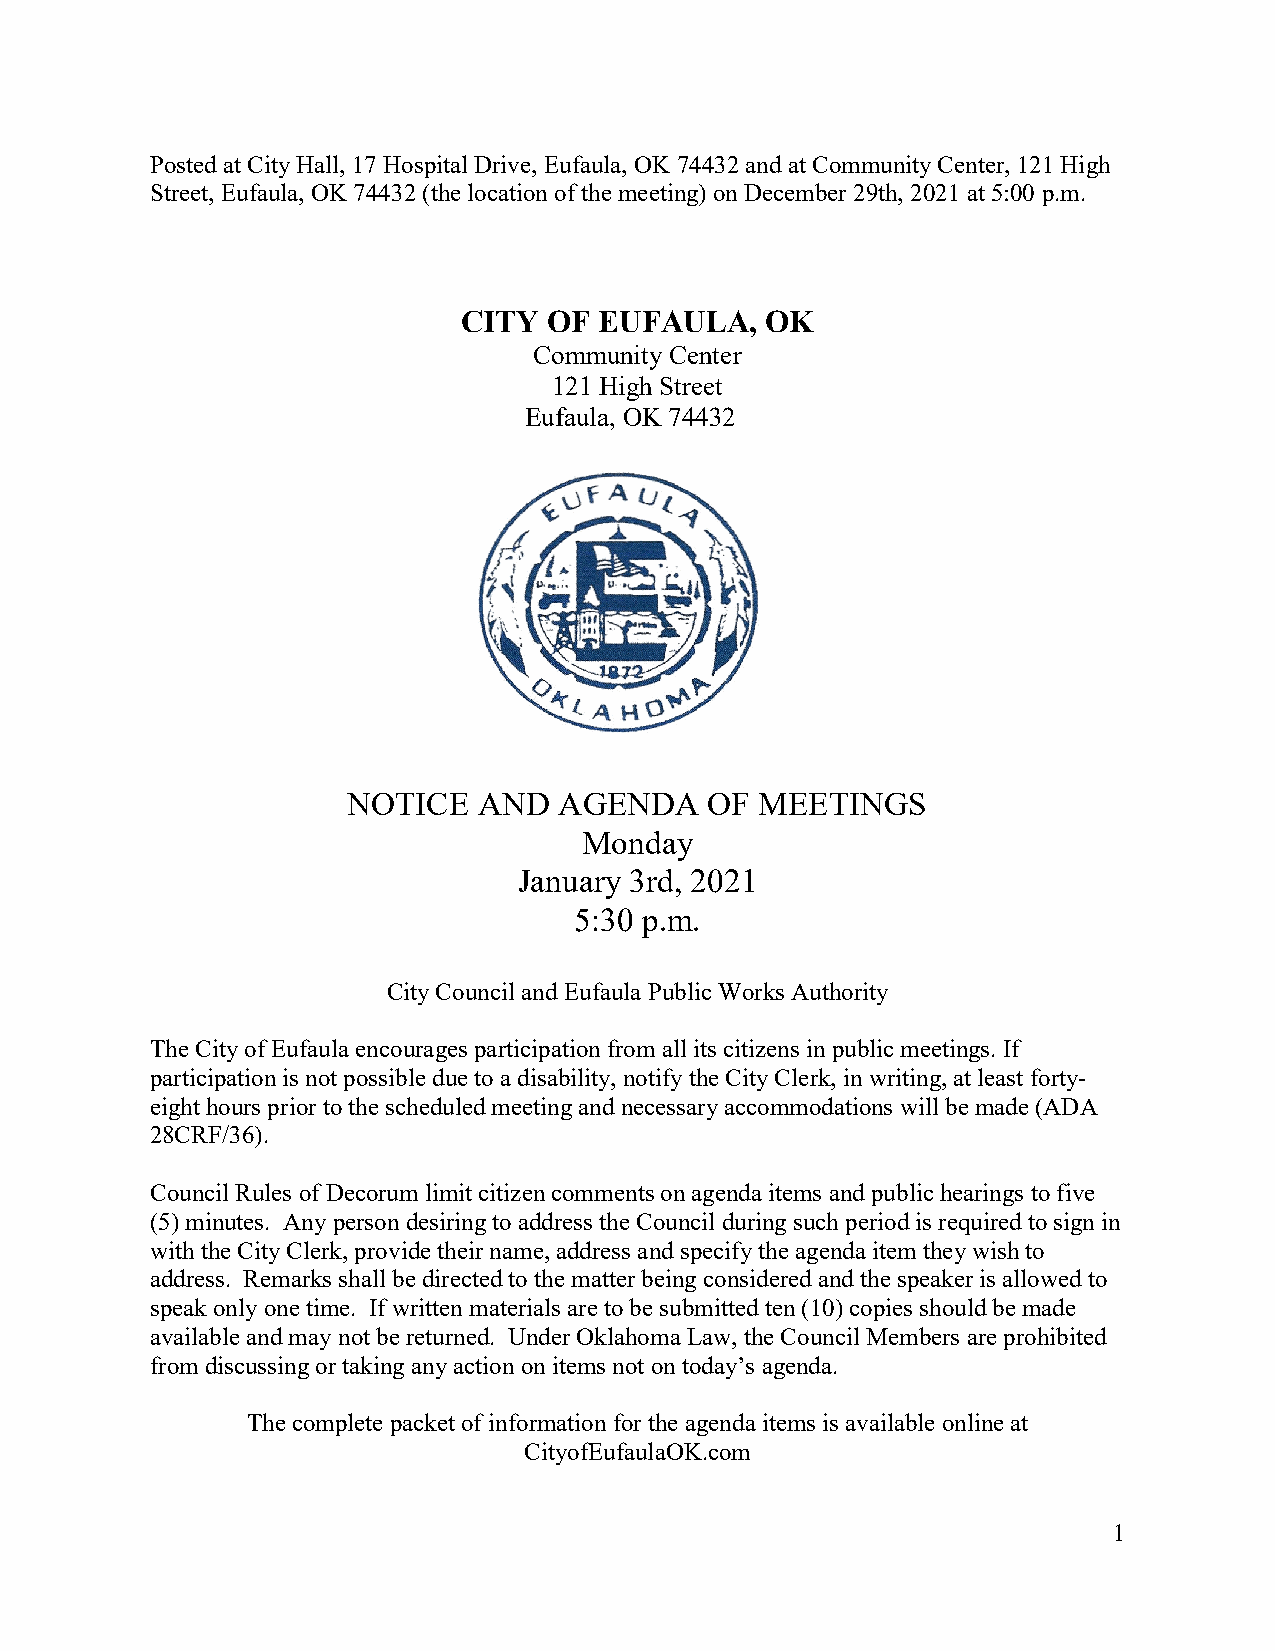
Posted at City Hall, 17 Hospital Drive, Eufaula, OK 74432 and at Community Center, 121 High
 Street, Eufaula, OK 74432 (the location of the meeting) on December 29th, 2021 at 5:00 p.m.
 CITY OF  EUFAULA,   OK
 Community Center
 121 High Street
 Eufaula, OK 74432
 NOTICE   AND  AGENDA    OF MEETINGS
 Monday
 January 3rd, 2021
 5:30 p.m.
 City Council and Eufaula Public Works Authority
 The City of Eufaula encourages participation from all its citizens in public meetings. If
 participation is not possible due to a disability, notify the City Clerk, in writing, at least forty-
 eight hours prior to the scheduled meeting and necessary accommodations will be made (ADA
 28CRF/36).
 Council Rules of Decorum limit citizen comments on agenda items and public hearings to five
 (5) minutes. Any person desiring to address the Council during such period is required to sign in
 with the City Clerk, provide their name, address and specify the agenda item they wish to
 address. Remarks shall be directed to the matter being considered and the speaker is allowed to
 speak only one time. If written materials are to be submitted ten (10) copies should be made
 available and may not be returned. Under Oklahoma Law, the Council Members are prohibited
 from discussing or taking any action on items not on today’s agenda.
 The complete packet of information for the agenda items is available online at
 CityofEufaulaOK.com
 1